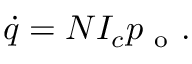
\begin{array} { r } { \dot { q } = N I _ { c } p _ { \mathrm { ~ o ~ } } . } \end{array}